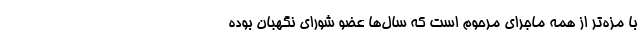
با مزه‌تر از همه ماجرای مرحوم است که سال‌ها عضو شورای نگهبان بوده